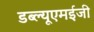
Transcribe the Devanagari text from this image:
डब्ल्यूएमईजी